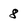
Character: 8